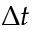
\Delta t